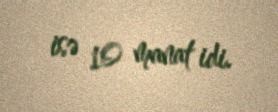
isə 10 manat idi.